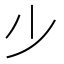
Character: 𣥂